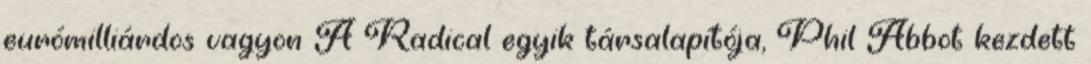
eurómilliárdos vagyon A Radical egyik társalapítója, Phil Abbot kezdett